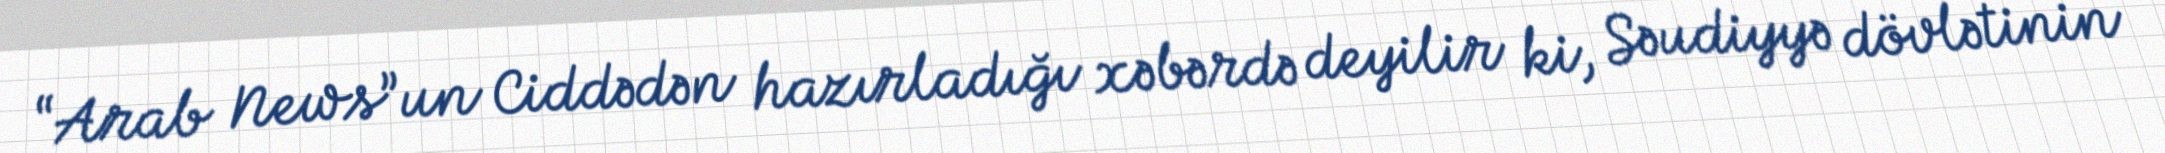
“Arab News”un Ciddədən hazırladığı xəbərdə deyilir ki, Səudiyyə dövlətinin